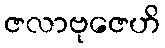
ဇလာဗုဇေဟိ